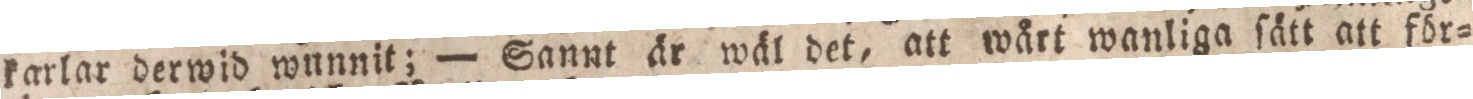
karlar derwid wunnit; — Sannt är wäl det, att wårt wanliga ſätt att för=